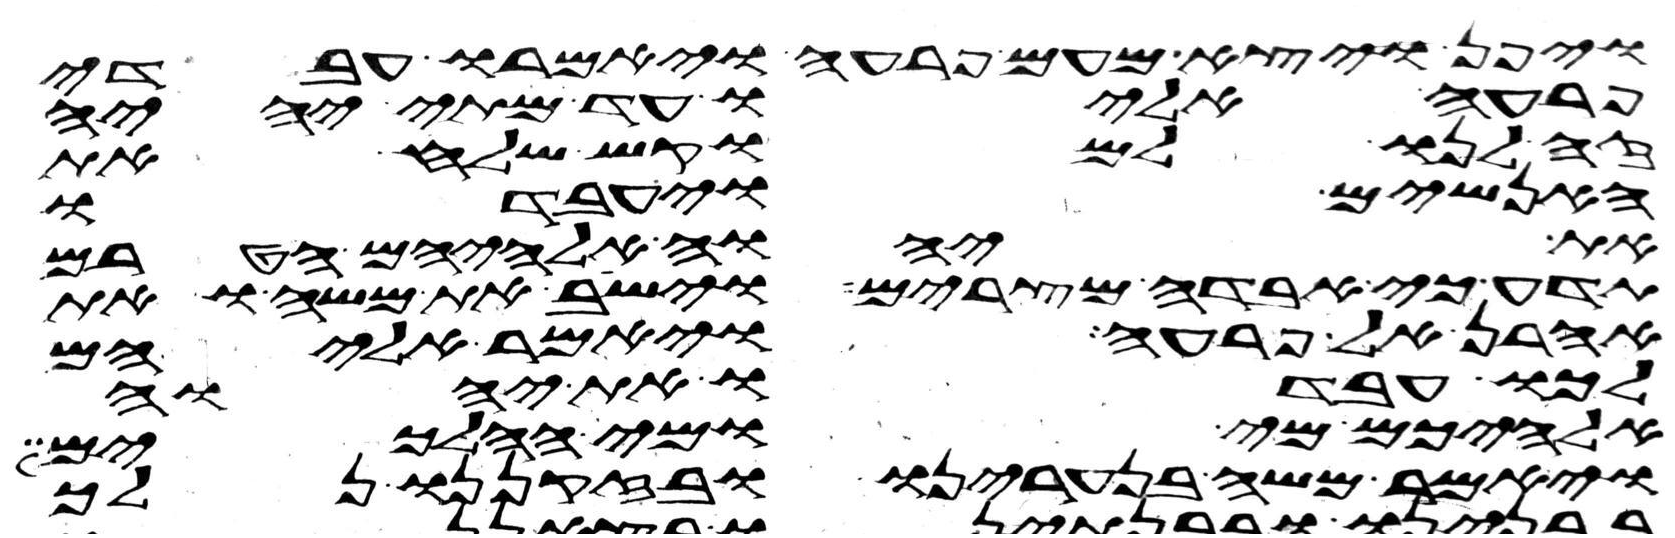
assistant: ויפן ויצא מעם פרעה ויאמרו עבדי
פרעה אליו עד מתי יהיה
זה לנו למוקש שלח את
האנשים ויעבדו
את יהוה אלהיהם הטרם
תדע כי אבדה מצרים וישב את משה ואת
אהרן אל פרעה ויאמר אליהם
לכו עבדו את יהוה
אלהיכם מי ומי ההלכים
ויאמר משה בנערינו ובזקנינו נלך